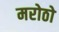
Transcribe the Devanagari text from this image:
मरोठो